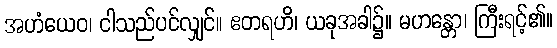
အဟံယေဝ၊ ငါသည်ပင်လျှင်။ ဧတရဟိ၊ ယခုအခါ၌။ မဟန္တော၊ ကြီးရင့်၏။